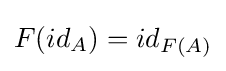
F(id_{A})=id_{F(A)}